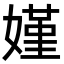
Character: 嫤